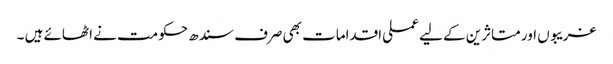
غریبوں اور متاثرین کے لیے عملی اقدامات بھی صرف سندھ حکومت نے اٹھائے ہیں ۔